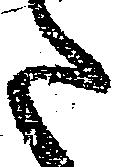
た